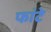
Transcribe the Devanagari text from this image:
फांटे